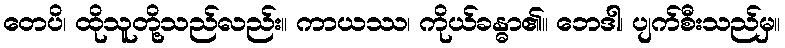
တေပိ၊ ထိုသူတို့သည်လည်း။ ကာယဿ၊ ကိုယ်ခန္ဓာ၏။ ဘေဒါ၊ ပျက်စီးသည်မှ။